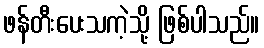
ဖန်တီးပေးသကဲ့သို့ ဖြစ်ပါသည်။